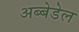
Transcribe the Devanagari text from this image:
अब्बेडेल